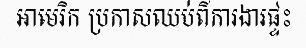
អាមេរិក ប្រកាសឈប់ពីការងារផ្ទះ